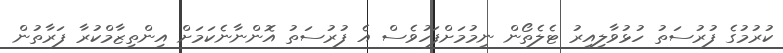
ކުރުމުގެ ފުރުސަތު ހުޅުވާލިއިރު ޓެލެތޯން ނިމުމަށްފަހުވެސް އެ ފުރުސަތު އޮންނާނެކަމަށް އިންތިޒާމްކުރާ ފަރާތުން